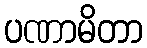
ပဏာမိတာ